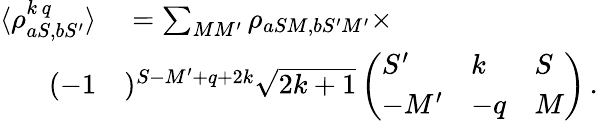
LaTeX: \begin{array}{rl}{\langle\rho_{aS,bS^{\prime}}^{k\, q}\rangle}&{{}=\sum_{MM^{\prime}}\rho_{aSM,bS^{\prime}M^{\prime}}\times}\\ {(-1}&{{})^{S-M^{\prime}+q+2k}\sqrt{2k+1}\left(\begin{array}{lll}{S^{\prime}}&{k}&{S}\\ {-M^{\prime}}&{-q}&{M}\end{array}\right)\, .}\end{array}